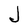
Character: J